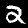
Digit: 2